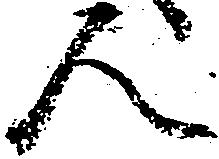
人